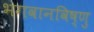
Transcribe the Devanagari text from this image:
भगवानविष्णु